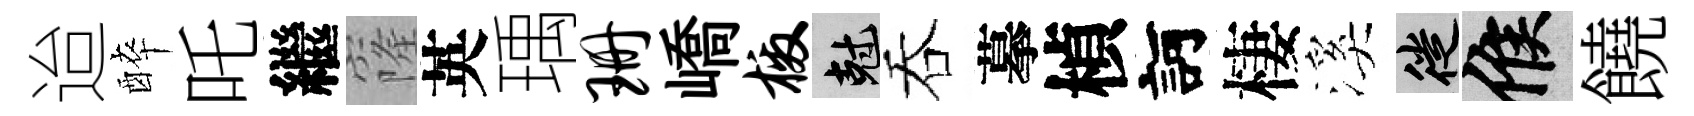
迨醉吒繼窿英瑀珊嶠檄剋吞摹楨訶棲溪徙候饒